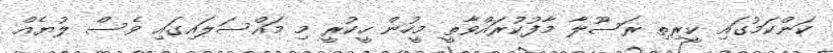
ކަންކަމުގައި ކީރިތި ރަސޫލާ މާފުކުރައްވާތީ މީހުން ހީކުރީ މި މައްސަލައިގައި ވެސް ލުޔެއް